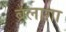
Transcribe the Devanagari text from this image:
बलाग़ा